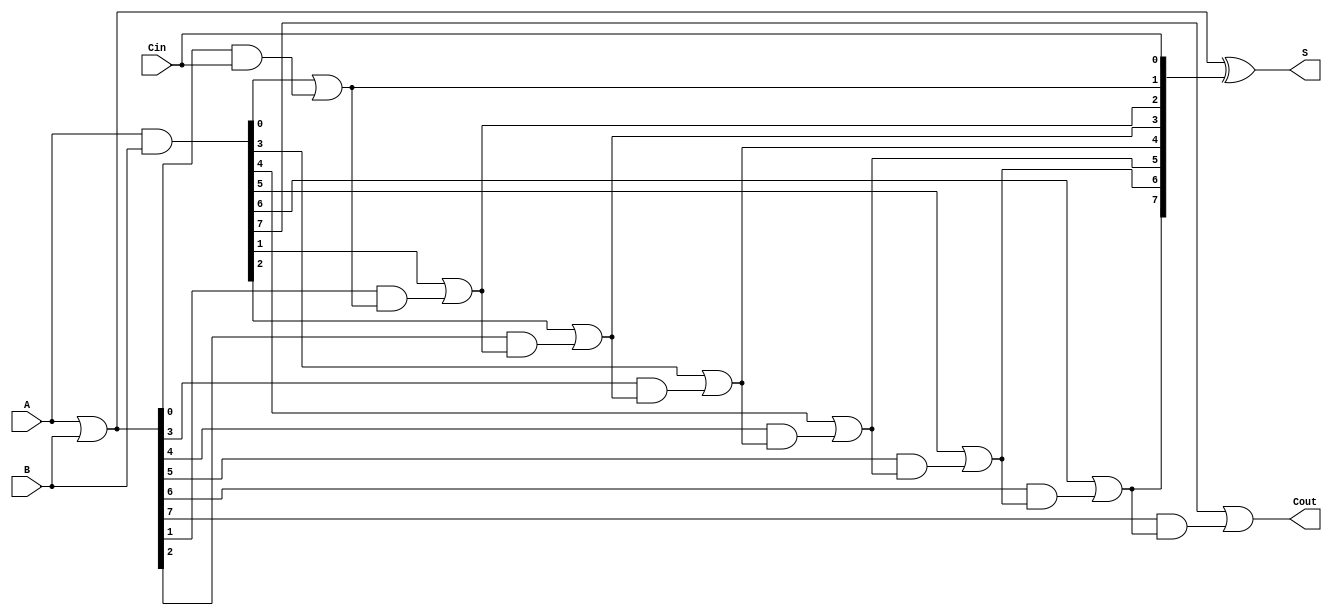
module RippleCarryLookaheadAdder #(parameter n = 8) (
    input [n-1:0] A,
    input [n-1:0] B,
    input Cin,
    output [n-1:0] S,
    output Cout
);

    wire [n-1:0] G;  // Generate signals
    wire [n-1:0] P;  // Propagate signals
    wire [n:0] C;    // Carry signals

    // Generate and Propagate computation
    assign G = A & B;          // Generate signals
    assign P = A | B;          // Propagate signals

    // Carry calculation
    assign C[0] = Cin;          // Initial carry
    genvar i;
    generate
        for (i = 0; i < n; i = i + 1) begin : carry_calculation
            if (i == 0) begin
                assign C[i+1] = G[i] | (P[i] & C[i]);
            end else begin
                assign C[i+1] = G[i] | (P[i] & C[i]);
            end
        end
    endgenerate

    // Sum calculation
    assign S = P ^ C[n-1:0];    // Sum output

    // Carry Out
    assign Cout = C[n];

endmodule